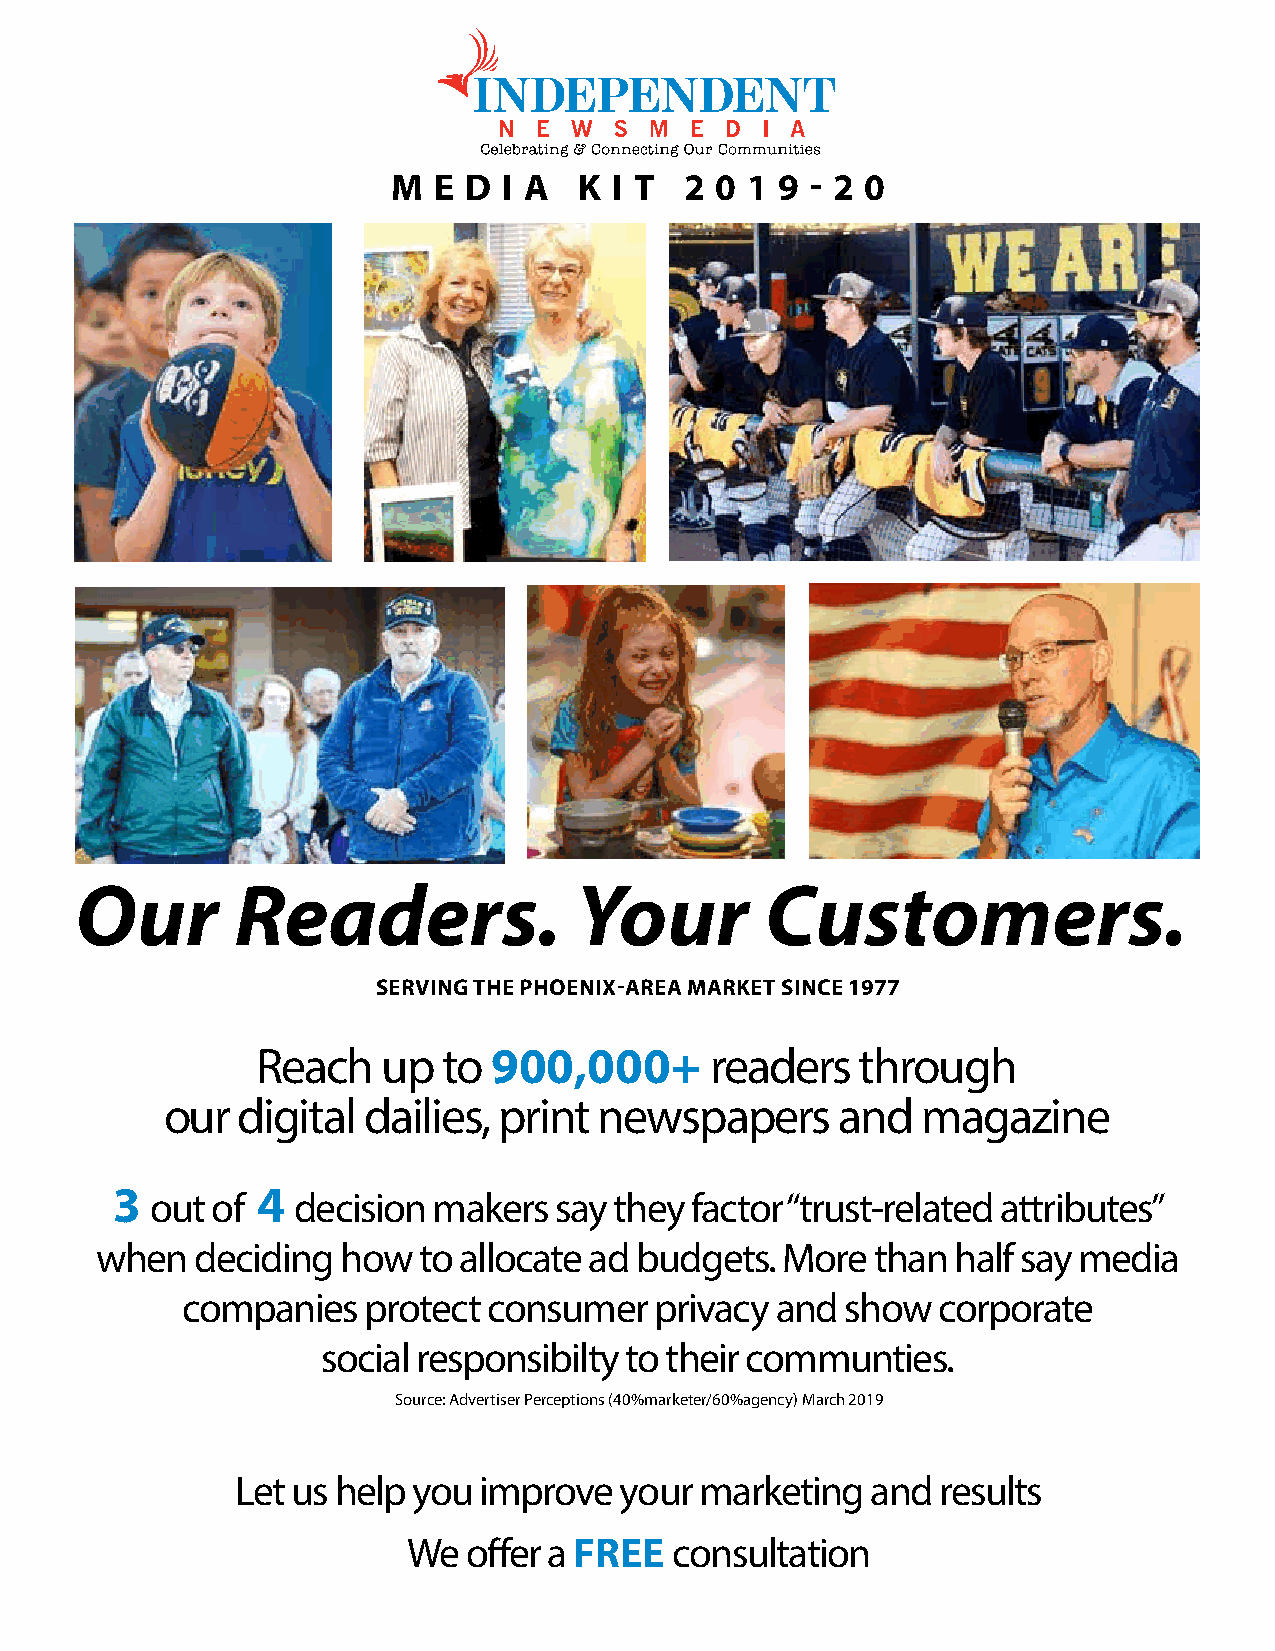
M  E D I A  K  I T 2 0 1 9  - 2 0
 Our        Readers.              Your         Customers.
 SERVING THE PHOENIX-AREA MARKET SINCE 1977
 Reach   up  to  900,000+      readers   through
 our  digital dailies, print  newspapers     and   magazine
 3 out of 4 decision  makers  say they factor “trust-related attributes”
 when   deciding  how  to allocate ad budgets. More  than half say media
 companies   protect consumer   privacy and  show  corporate
 social responsibilty to their communties.
 Source: Advertiser Perceptions (40%marketer/60%agency) March 2019
 Let us help you improve  your marketing   and results
 We  offer a FREE  consultation